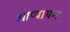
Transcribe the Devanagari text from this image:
आप्यायन